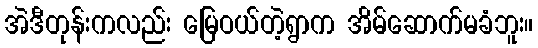
အဲဒီတုန်းကလည်း မြေဝယ်တဲ့ရွာက အိမ်ဆောက်မခံဘူး။